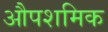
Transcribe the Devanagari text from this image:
औपशमिक